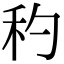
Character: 䄪